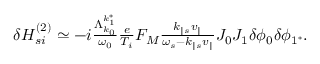
\begin{array} { r } { \delta H _ { s i } ^ { ( 2 ) } \simeq - i \frac { \Lambda _ { k _ { 0 } } ^ { k _ { 1 } ^ { * } } } { \omega _ { 0 } } \frac { e } { T _ { i } } F _ { M } \frac { k _ { \parallel s } v _ { \parallel } } { \omega _ { s } - k _ { \parallel s } v _ { \parallel } } J _ { 0 } J _ { 1 } \delta \phi _ { 0 } \delta \phi _ { 1 ^ { * } } . } \end{array}